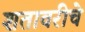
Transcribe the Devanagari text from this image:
शतावरीचे